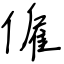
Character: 僱